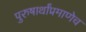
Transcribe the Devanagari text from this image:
पुरुषार्थांप्रमाणेच